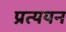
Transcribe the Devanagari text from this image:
प्रत्ययन